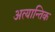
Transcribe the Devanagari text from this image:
अत्यान्तिक